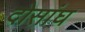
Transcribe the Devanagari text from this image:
दोसांघ